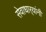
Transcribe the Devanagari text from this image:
सेवाधार्‍यांनी